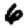
Digit: 6